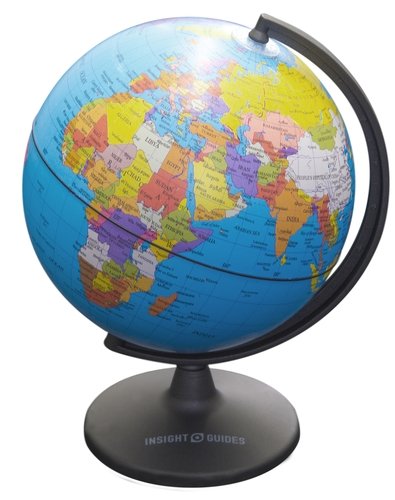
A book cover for Insight Globe: Blue Planet (Insight Globes); APA Publications Limited; Reference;